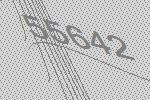
55642